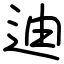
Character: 迪